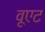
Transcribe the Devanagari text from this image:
वूएट